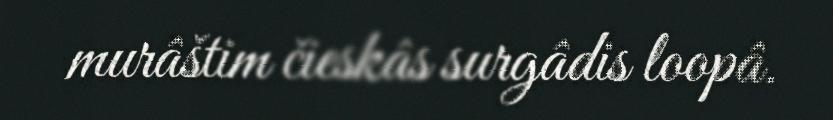
murâštim čieskâs surgâdis loopâ.